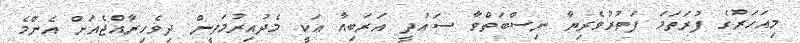
މިއަހަރުގެ ފުރަތަމަ ފަތުރުވެރިޔާ ނިސްބަތްވާ ސަޢުދީ އަރަބިއާ އަކީ މެދުއިރުމަތީން ދިވެހިރާއްޖެއަށް އެންމެ